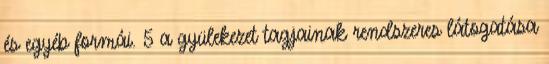
és egyéb formái. 5 a gyülekezet tagjainak rendszeres látogatása